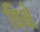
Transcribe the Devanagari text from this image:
विक्षे